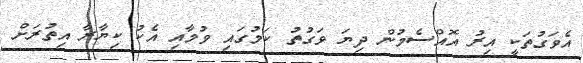
އެވަގުތަކީ އިރު އޮއްސެމުން ދިޔަ ވަގުތު ކަމުގައި ވުމާއި އެކު ކިޔާރާ އިތުރަށް